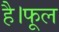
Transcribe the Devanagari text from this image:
है।फूल